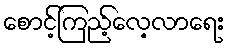
စောင့်ကြည့်လေ့လာရေး